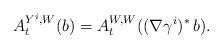
LaTeX: \begin{align*} A_t^{Y^i,W}(b) = A_t^{W,W}((\nabla \gamma^i)^* \,b).\end{align*}